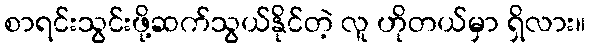
စာရင်းသွင်းဖို့ဆက်သွယ်နိုင်တဲ့ လူ ဟိုတယ်မှာ ရှိလား။